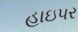
હાઇપર